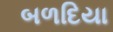
બળદિયા